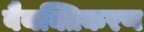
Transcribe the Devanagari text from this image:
वैयक्तिकरण